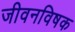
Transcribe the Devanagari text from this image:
जीवनविषक